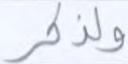
ولذكر